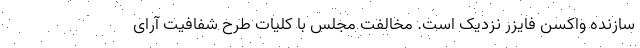
سازنده واکسن فایزر نزدیک است. مخالفت مجلس با کلیات طرح شفافیت آرای